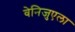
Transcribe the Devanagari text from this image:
वेनिजुएला